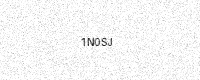
Text: 1N0SJ